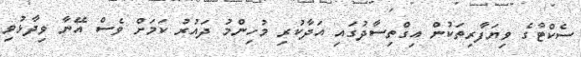
ސެކްޓާގެ ވިޔަފާރިތަކުން އިގްތިސާދުގައި އަދާކުރި މުހިންމު ދައުރު ކަމަށް ވެސް އޭނާ ވިދާޅުވި